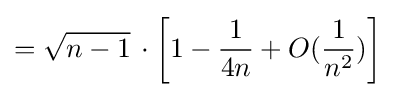
={\sqrt {n-1}}\,\cdot \left[1-{\frac {1}{4n}}+O({\frac {1}{n^{2}}})\right]